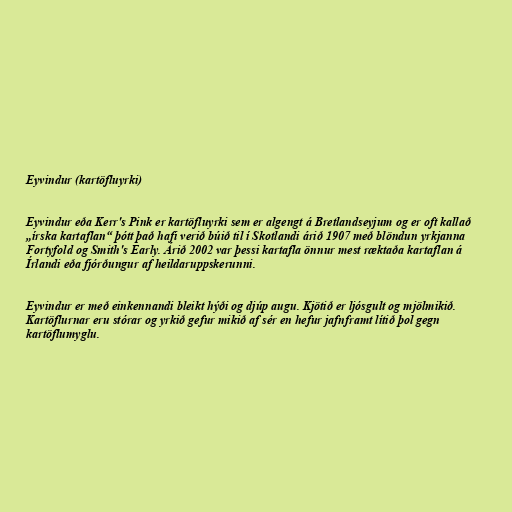
Eyvindur (kartöfluyrki)

Eyvindur eða Kerr's Pink er kartöfluyrki sem er algengt á Bretlandseyjum og er oft kallað
„írska kartaflan“ þótt það hafi verið búið til í Skotlandi árið 1907 með blöndun yrkjanna
Fortyfold og Smith's Early. Árið 2002 var þessi kartafla önnur mest ræktaða kartaflan á
Írlandi eða fjórðungur af heildaruppskerunni.

Eyvindur er með einkennandi bleikt hýði og djúp augu. Kjötið er ljósgult og mjölmikið.
Kartöflurnar eru stórar og yrkið gefur mikið af sér en hefur jafnframt lítið þol gegn
kartöflumyglu.